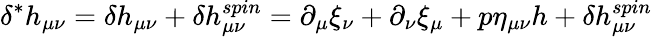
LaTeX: \delta^{*}h_{\mu\nu}=\delta h_{\mu\nu}+\delta h_{\mu\nu}^{spin}=\partial_{\mu}\xi_{\nu}+\partial_{\nu}\xi_{\mu}+p\eta_{\mu\nu}h+\delta h_{\mu\nu}^{spin}